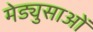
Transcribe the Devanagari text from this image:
मेड्युसाओं